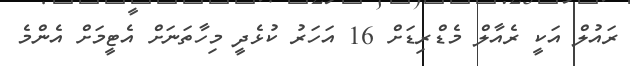
ރައުލް އަކީ ރެއާލް މެޑްރިޑަށް 16 އަހަރު ކުޅެދީ މިހާތަނަށް އެޓީމަށް އެންމެ